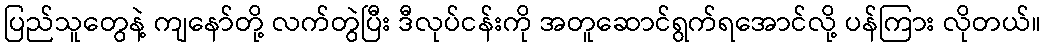
ပြည်သူတွေနဲ့ ကျနော်တို့ လက်တွဲပြီး ဒီလုပ်ငန်းကို အတူဆောင်ရွက်ရအောင်လို့ ပန်ကြား လိုတယ်။